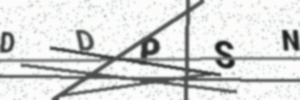
Text: DDPSN